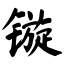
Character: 镟